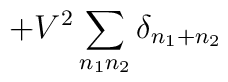
+V^{2}\sum_{n_{1}n_{2}}\delta_{n_{1}+n_{2}}